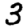
Digit: 3